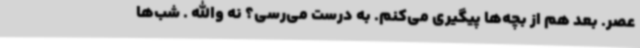
عصر. بعد هم از بچه‌ها پیگیری می‌کنم. ‌به درست می‌رسی؟ نه والله . شب‌ها